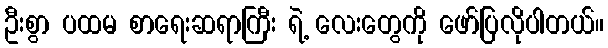
ဦးစွာ ပထမ စာရေးဆရာကြီး ရဲ့ လေးတွေကို ဖော်ပြလိုပါတယ်။